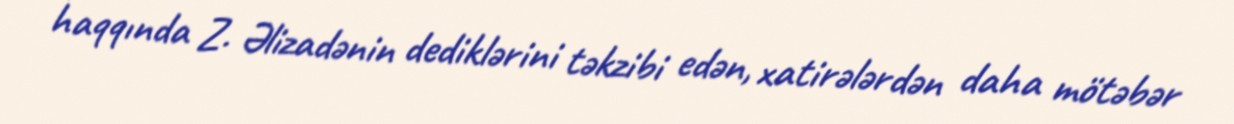
haqqında Z. Əlizadənin dediklərini təkzibi edən, xatirələrdən daha mötəbər